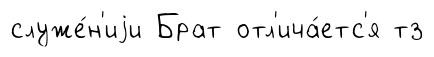
служе́н'иjи Брат отл'ича́етс'я тз